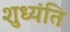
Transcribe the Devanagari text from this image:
शुध्यंति